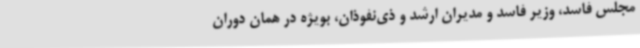
مجلس فاسد، وزیر فاسد و مدیران ارشد و ذی‌نفوذان، بویژه در همان دوران